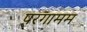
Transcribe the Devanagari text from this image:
परगामम